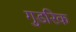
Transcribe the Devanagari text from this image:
गुडरिक